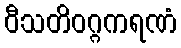
ဝီသတိဝဂ္ဂကရဏံ